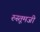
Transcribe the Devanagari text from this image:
रुस्तूमजी